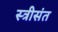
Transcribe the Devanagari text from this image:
स्त्रीसंत